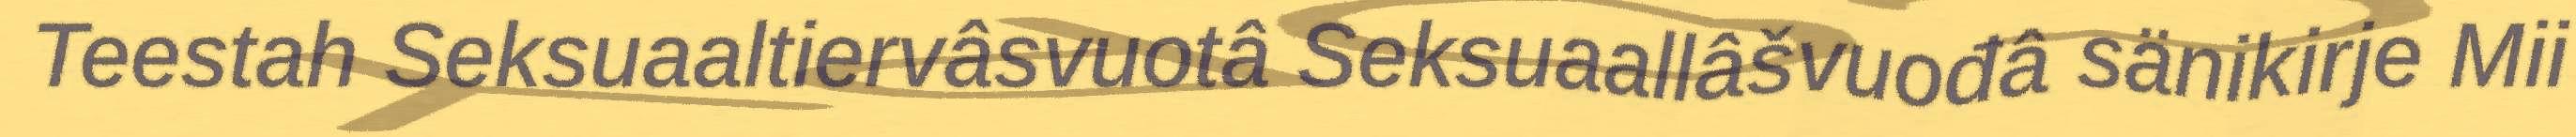
Teestah Seksuaaltiervâsvuotâ Seksuaallâšvuođâ sänikirje Mii